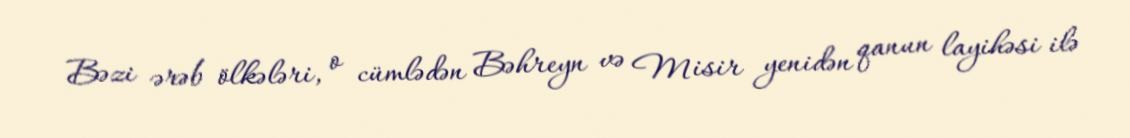
Bəzi ərəb ölkələri, o cümlədən Bəhreyn və Misir yenidən qanun layihəsi ilə